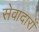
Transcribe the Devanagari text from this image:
सेवादारों